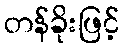
တန်ခိုးဖြင့်